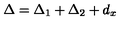
\Delta = \Delta _ { 1 } + \Delta _ { 2 } + d _ { x }